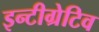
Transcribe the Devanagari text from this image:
इन्टीग्रेटिव